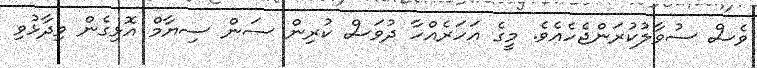
ވެސް ސުވާލުކުރަންޖެހެއެވެ. މީގެ އަހަރެއްހާ ދުވަސް ކުރިން ސަން ސިޔާމް އޮޅިގެން ވިދާޅުވި